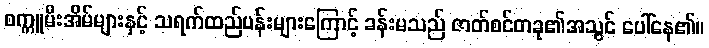
စက္ကူမီးအိမ်များနှင့် သရက်ထည်ပန်းများကြောင့် ခန်းမသည် ဇာတ်စင်တခု၏အသွင် ပေါ်နေ၏။